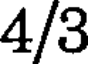
4/3